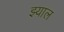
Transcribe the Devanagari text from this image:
झ्याल